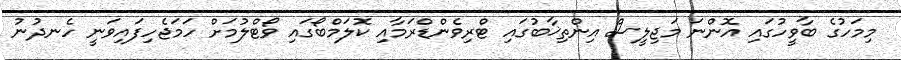
މިމަހުގެ ބާވީހުގައި އޮންނަ މަޖިލީސް އިންތިޚާބުގައި ޓްރިވެންޑްރަމާއި ކޮލަމްބޯގައި ވޯޓްލުމަށް ހަމަޖެހިފައިވަނީ ހެެނދުނު